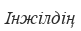
Інжілдің